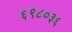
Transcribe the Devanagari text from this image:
६९८०३६